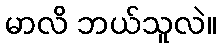
မာလိ ဘယ်သူလဲ။